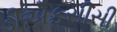
ડીએફસીસી